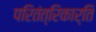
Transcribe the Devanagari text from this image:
परितंत्रिकार्ति